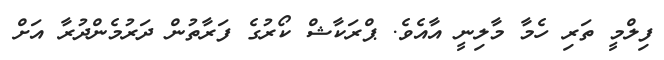
ފިލްމީ ތަރި ހެމާ މާލިނީ އާއެވެ. ޕްރަކާޝް ކޯރުގެ ފަރާތުން ދަރުމެންދުރާ އަށް